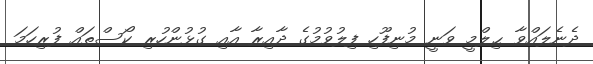
ދެނެލައްވާ ޙިލްމީ ވަނީ މުނިފޫހި ފިލުވުމުގެ ދާއިރާ އާއި ގުޅުންހުރި ކޯސްތައް ފުރިހަމަ